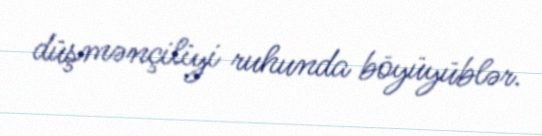
düşmənçiliyi ruhunda böyüyüblər.